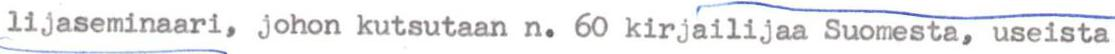
lijaseminaari, johon kutsutaan n. 60 kirjailijaa Suomesta, useista